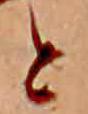
と